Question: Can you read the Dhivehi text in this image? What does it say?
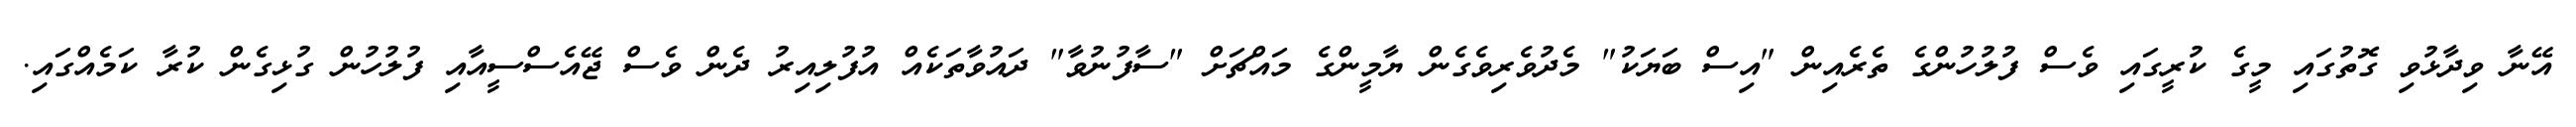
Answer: އޭނާ ވިދާޅުވި ގޮތުގައި މީގެ ކުރީގައި ވެސް ފުލުހުންގެ ތެރެއިން "އިސް ބަޔަކު" މެދުވެރިވެގެން ޔާމީންގެ މައްޗަށް "ސާފުނުވާ" ދައުވާތަކެއް އުފުލިއިރު ދެން ވެސް ޖޭއެސްސީއާއި ފުލުހުން ގުޅިގެން ކުރާ ކަމެއްގައި.